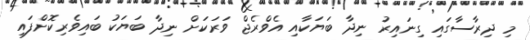
މި ދިރާސާގައި ގިނައިރު ނިދާ ބަޔަކާއި އެވްރެޖް ވަރަކަށް ނިދާ ބަޔަކު ބައިވެރިކޮށްފައި